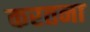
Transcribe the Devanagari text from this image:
करतना